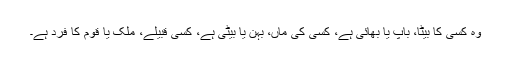
وہ کسی کا بیٹا، باپ یا بھائی ہے، کسی کی ماں، بہن یا بیٹی ہے، کسی قبیلے، ملک یا قوم کا فرد ہے۔